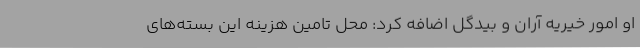
او امور خیریه آران و بیدگل اضافه کرد: محل تامین هزینه این بسته‌های